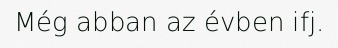
Még abban az évben ifj.